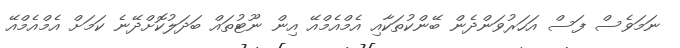
ނަމަވެސް ފަސް އަހަރުވަންދެން ބޭންކުތަކާއި އެމްއެމްއޭ އިން ނޫޓުތައް ބަދަލުކޮށްދޭނެ ކަމަށް އެމްއެމްއޭ